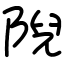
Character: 𨺙